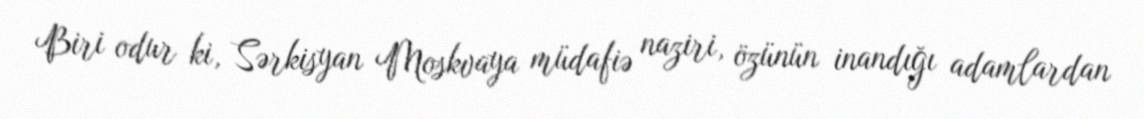
Biri odur ki, Sərkisyan Moskvaya müdafiə naziri, özünün inandığı adamlardan